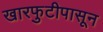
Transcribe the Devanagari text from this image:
खारफुटीपासून